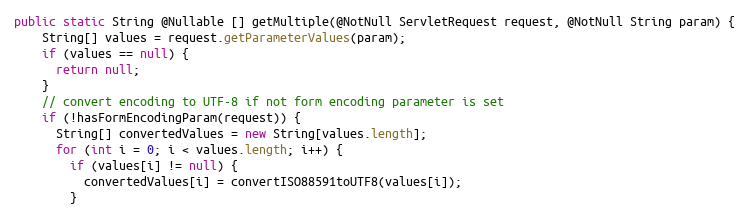
Language: Java
public static String @Nullable [] getMultiple(@NotNull ServletRequest request, @NotNull String param) {
    String[] values = request.getParameterValues(param);
    if (values == null) {
      return null;
    }
    // convert encoding to UTF-8 if not form encoding parameter is set
    if (!hasFormEncodingParam(request)) {
      String[] convertedValues = new String[values.length];
      for (int i = 0; i < values.length; i++) {
        if (values[i] != null) {
          convertedValues[i] = convertISO88591toUTF8(values[i]);
        }